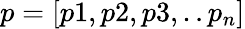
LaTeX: p=[p1,p2,p3,..p_{n}]